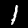
Digit: 1